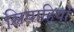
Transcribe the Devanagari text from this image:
सिपाहियोँ